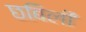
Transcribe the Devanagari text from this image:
छबिली